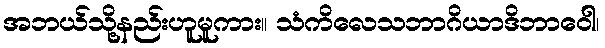
အဘယ်သို့နည်းဟူမူကား။ သံကိလေသဘာဂိယာဒိဘာဝေါ၊